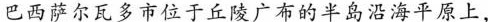
巴西萨尔瓦多市位于丘陵厂布的半岛沿海平原上